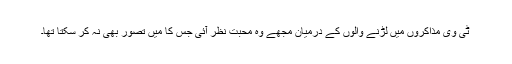
ٹی وی مذاکروں میں لڑنے والوں کے درمیان مجھے وہ محبت نظر آئی جس کا میں تصور بھی نہ کر سکتا تھا۔